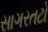
સાગરતટો